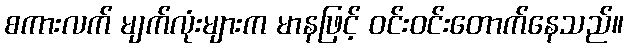
စကားလက် မျက်လုံးများက မာနဖြင့် ဝင်းဝင်းတောက်နေသည်။